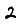
Digit: 2